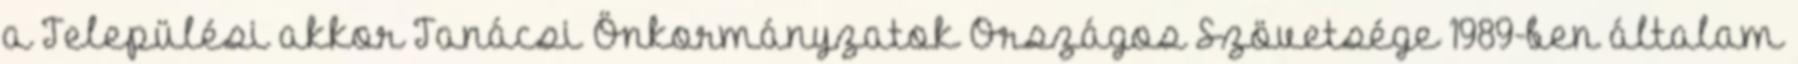
a Települési akkor Tanácsi Önkormányzatok Országos Szövetsége 1989-ben általam